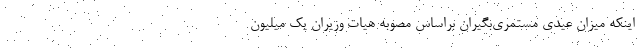
اینکه میزان عیدی مستمری‌بگیران براساس مصوبه هیات وزیران یک میلیون